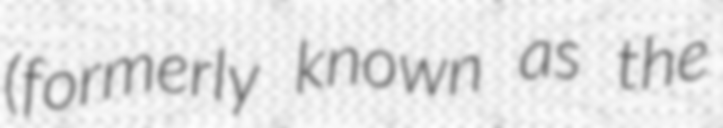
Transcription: (formerly known as the